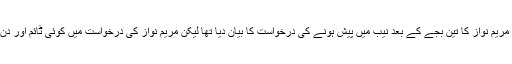
شہباز شریف نے مریم نواز کا تین بجے کے بعد نیب میں پیش ہونے کی درخواست کا بیان دیا تھا لیکن مریم نواز کی درخواست میں کوئی ٹائم اور دن کا ذکر نہیں تھا ۔